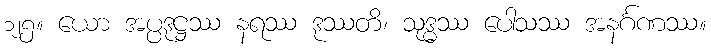
၁၂၅။ ယော အပ္ပဒုဋ္ဌဿ နရဿ ဒုဿတိ၊ သုဒ္ဓဿ ပေါသဿ အနင်္ဂဏဿ။